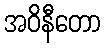
အဝိနီတော